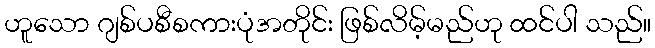
ဟူသော ဂျစ်ပစီစကားပုံအတိုင်း ဖြစ်လိမ့်မည်ဟု ထင်ပါ သည်။